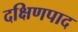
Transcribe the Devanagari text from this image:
दक्षिणपाद